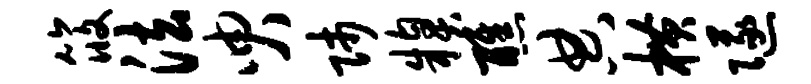
筱法臾师糗醮典横隧